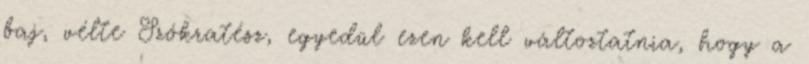
baj, vélte Szókratész, egyedül ezen kell változtatnia, hogy a